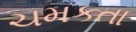
ચમકતા